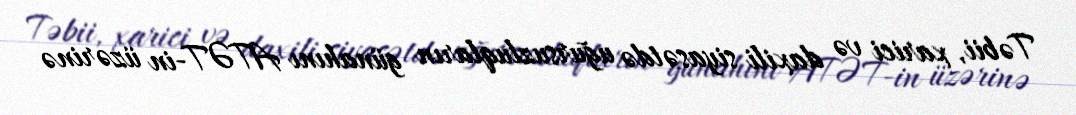
Təbii, xarici və daxili siyasətdə uğursuzluqların günahını ATƏT-in üzərinə